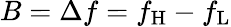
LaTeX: B=\Delta f=f_{\mathrm{H}}-f_{\mathrm{L}}